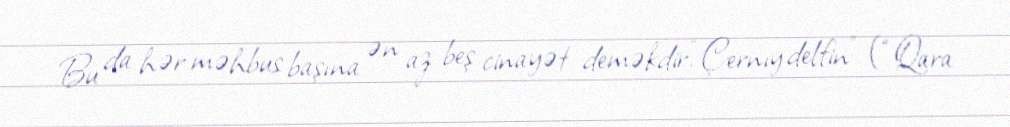
Bu da hər məhbus başına ən az beş cinayət deməkdir.“Çernıy delfin” (“Qara